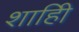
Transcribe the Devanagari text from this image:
शाहीि